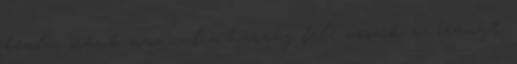
bealvó srácok azonnal a harang felé veszik az irányt.